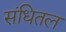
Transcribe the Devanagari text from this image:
संधितल